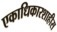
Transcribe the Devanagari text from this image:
एकाधिकारशाहीस